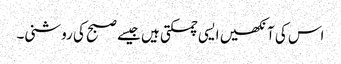
اس کی آنکھیں ایسی چمکتی ہیں جیسے صبح کی روشنی۔